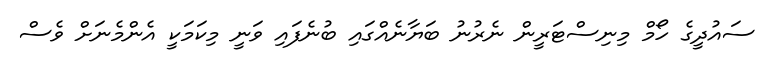
ސައުދީގެ ހޯމް މިނިސްޓަރީން ނެރުނު ބަޔާނެއްގައި ބުނެފައި ވަނީ މިކަމަކީ އެންމެނަށް ވެސް